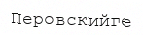
Перовскийге